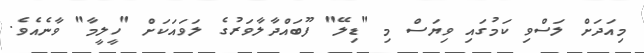
މިއަދަށް ލަސްވި ކަމުގައި ވިޔަސް މި "ޑިލޭ" ފޫބައްދާލާވަރުގެ ލަވައަކަށް "ހީލީމާ" ވާނެއެވެ.